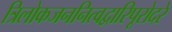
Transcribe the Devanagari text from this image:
त्रिलोकजननित्वद्वारिपूरोदरे